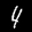
Label: 4